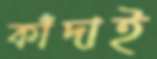
কাঁদাই